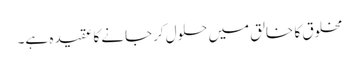
مخلوق کا خالق میں حلول کرجانے کا عقیدہ ہے۔